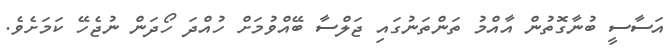
އަސާސީ ބުނާގޮތުން އާއްމު ތަންތަނުގައި ޖަލްސާ ބޭއްވުމަށް ހުއްދަ ހޯދަން ނުޖެހޭ ކަމަށެވެ.